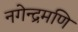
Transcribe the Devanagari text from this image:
नगेन्द्रमणि